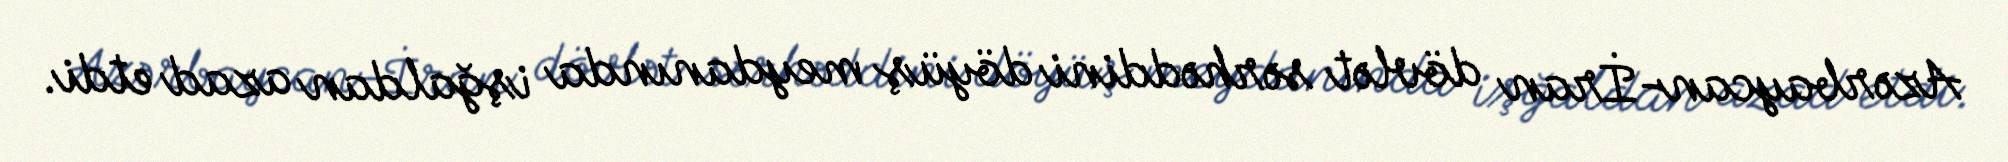
Azərbaycan-İran dövlət sərhəddini döyüş meydanında işğaldan azad etdi.